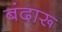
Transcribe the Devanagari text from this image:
बंदारू